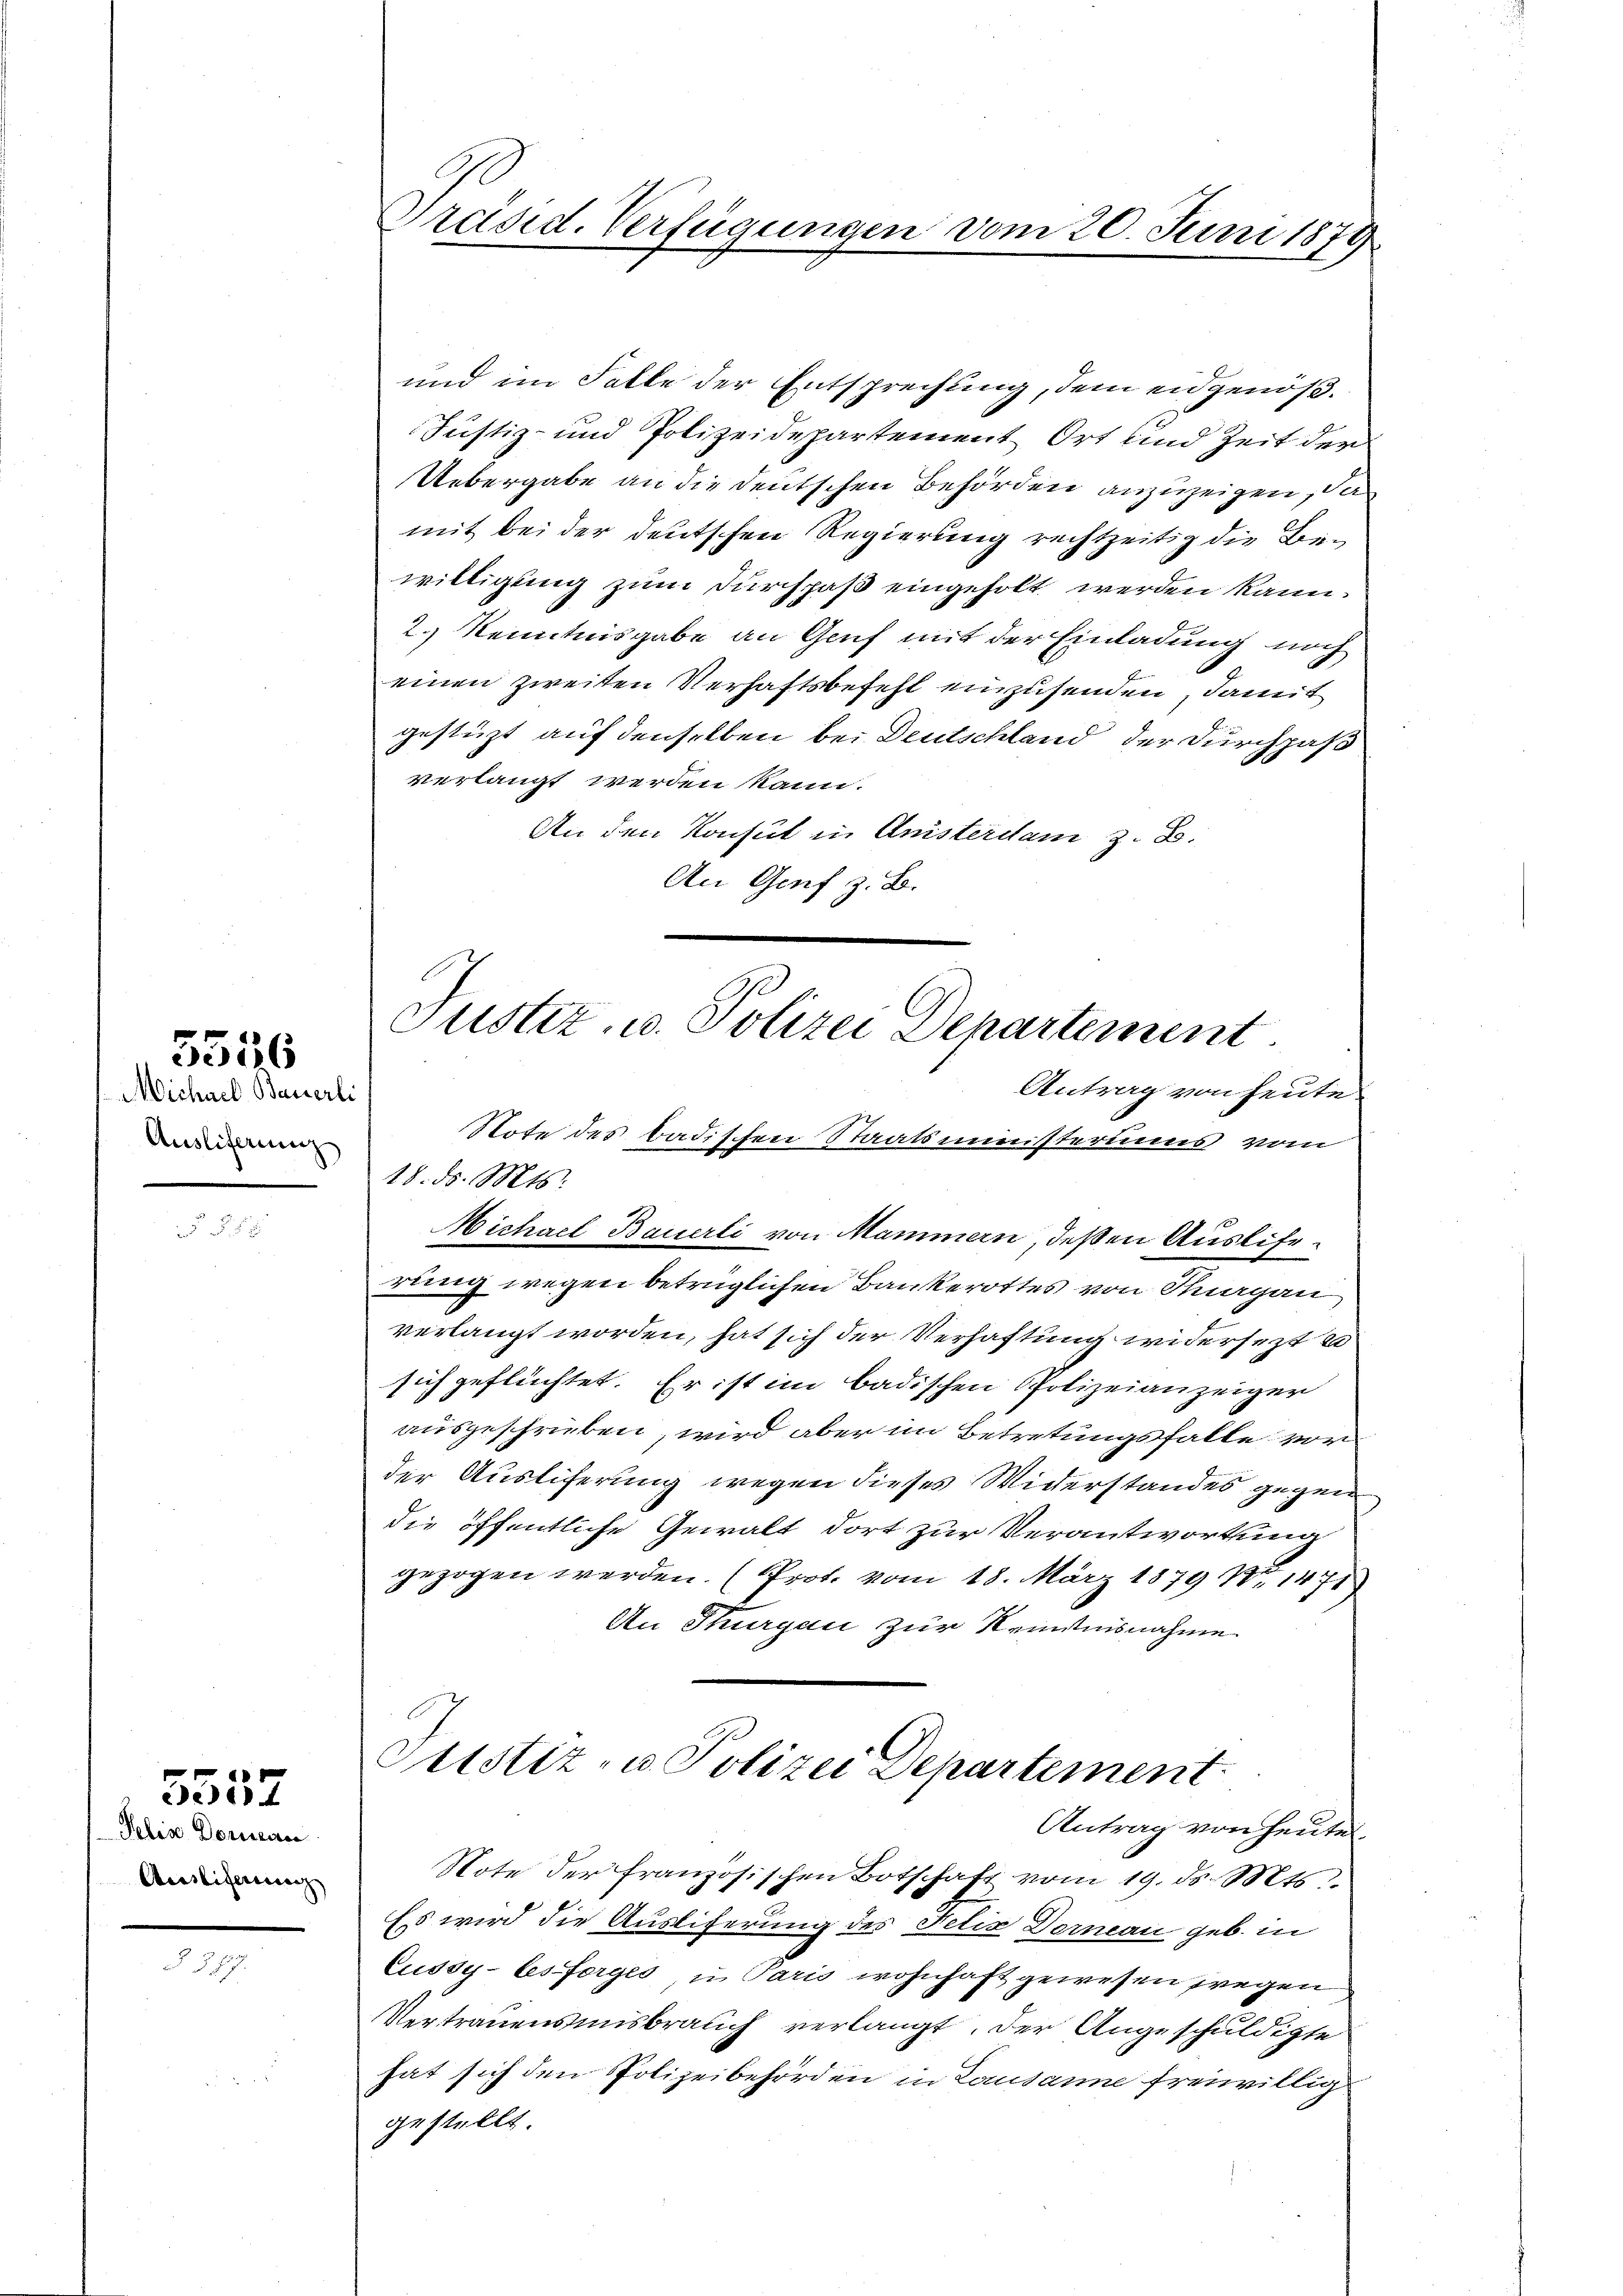
Michael Bauerli
Auslieferung

5556

2.

e
ddel

Pelis Dornac
Ausliserina

27

Präsid. Verfügungen vom 20. Juni 1873.

und im Falle der Entsprechung, dem eidgenöß¬
Justiz- und Polizeidepartement Ort und Zeit der
Uebergabe an die deutschen Behörden anzuzeigen, da
mit bei der deutschen Regierung rechtzeitig die Bewilligung zum Durchpaß eingeholt werden kann.
2.) Kenntnisgabe an Genf mit der Einladung noch
einen zweiten Verhaftsbefehl einzusenden, damit
gesteht auf denselben bei Deutschland der Durchpaß
verlangt werden kann.
An den Konsul in Anisterdam z. B.
An Genf z. B.
Note des Badischen Staatsministerius vom
18. d. Mts.
Michael Bauerli von Mammern, deßen Auslierung wegen betrüglichen Bankerottes von Suagan
verlangt worden, hat sich der Verhaftung widersezt u
sich geflüchtet. Er ist im badischen Polizeianzeiger
ausgeschrieben, wird aber im Betretungsfalle vor
der Ausliferung wegen dieses Widerstandes gegen
die öffentliche Gewalt dort zur Verantwortung
gezogen werden. (Prot. vom 18. März 1879 Nr. 1471
An Thurgau zur Kenntnisnahme
Pustiz- u. Polizei Departement
Antrag von heute.
Note der französischen Botschaft vom 19. ds. Mts.
Es wird die Ausliferung des Netia Dornau geb. in
Cussy-Cesforges u Paris wohnhaft gewesen wegen
Vertrauensmisbrauch verlangt, der Angeschuldigte
hat sich den Polizeibehörden in Lausanne freiwillig
gestellt

Justiz- u. Polizei Departement
Antrag von heute.